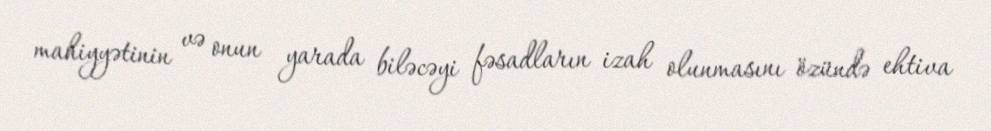
mahiyyətinin və onun yarada biləcəyi fəsadların izah olunmasını özündə ehtiva